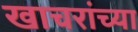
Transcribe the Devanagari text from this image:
खाचरांच्या